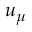
u _ { \mu }